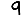
Digit: 9